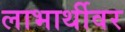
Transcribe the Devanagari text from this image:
लाभार्थीवर